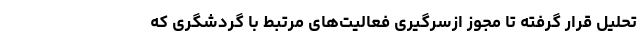
تحلیل قرار گرفته تا مجوز ازسرگیری فعالیت‌های مرتبط با گردشگری که